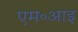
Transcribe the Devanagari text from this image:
एम॰आइ